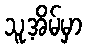
သူ့အိမ်မှာ